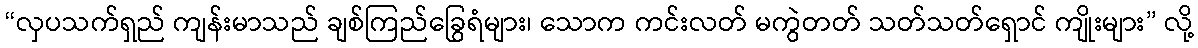
“လှပသက်ရှည် ကျန်းမာသည် ချစ်ကြည်ခြွေရံများ၊ သောက ကင်းလတ် မကွဲတတ် သတ်သတ်ရှောင် ကျိုးများ” လို့